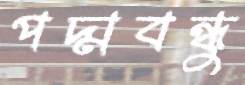
পদ্মবন্ধুু